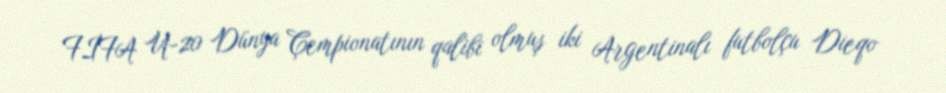
FİFA U-20 Dünya Çempionatının qalibi olmuş iki Argentinalı futbolçu Dieqo